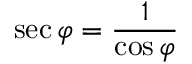
\sec \varphi = { \frac { 1 } { \cos \varphi } }